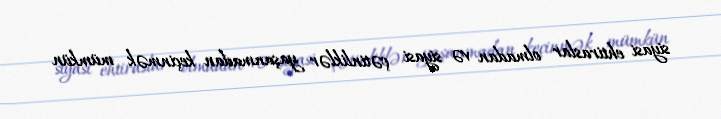
siyasi ehtiraslar olmadan və siyasi çətinliklər yaşanmadan keçinmək mümkün